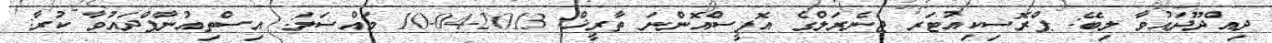
ދިއްދޫދައުވާ ލިބޭ: ޕްރޮސިކިއުޓަރ ޖެނެރަލްގެ އޮފީސްއޮންނަ ތާރީޚް: 2013-04-10 މައްސަލަ: އިސްތިއުނާފްދައުވާ ކުރާ: